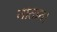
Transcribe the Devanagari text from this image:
नातान।